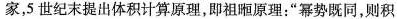
家，5世纪末提出体积计算原理，即祖暅原理：”幂势既同，则积